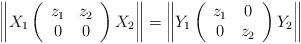
LaTeX: \begin{align*}\left\|X_1\left(\begin{array}{cc}z_1 & z_2 \\0&0\end{array}\right)X_2\right\|=\left\| Y_1\left(\begin{array}{cc}z_1& 0\\0 &z_2\end{array}\right)Y_2\right\|\end{align*}